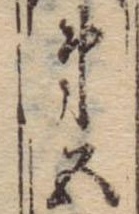
第五